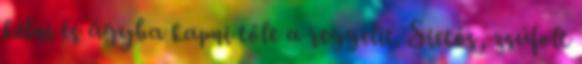
kelni és ágyba kapni tőle a reggelit. Sietős, zsúfolt